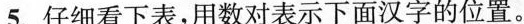
5.仔细看下表，用数对表示下面汉字的位置。